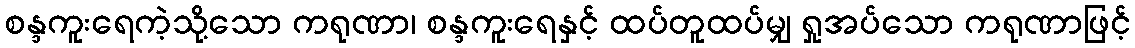
စန္ဒကူးရေကဲ့သို့သော ကရုဏာ၊ စန္ဒကူးရေနှင့် ထပ်တူထပ်မျှ ရှုအပ်သော ကရုဏာဖြင့်